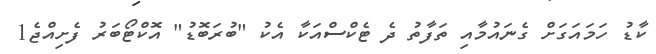
ކާޑު ހަމައަގަށް ގެނައުމާއި ތަފާތު ދެ ޓެކްސްއަކާ އެކު "ބުރަބޮޑު" އޮކްޓޯބަރު ފެށިއްޖެ1